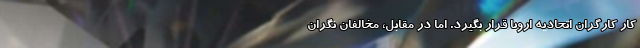
کار کارگران اتحادیه اروپا قرار بگیرد. اما در مقابل، مخالفان نگران